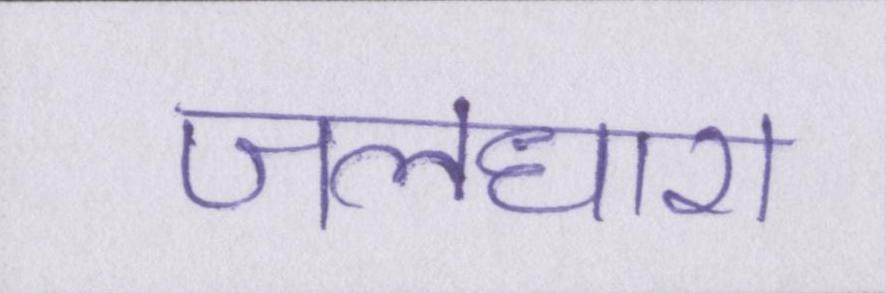
जलधारा